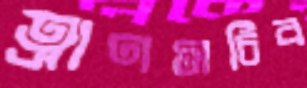
ত্রাণসচিব